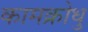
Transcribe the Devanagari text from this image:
कामक्रोधु